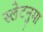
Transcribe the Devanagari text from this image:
स्लेटनुमा